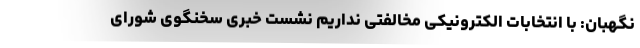
نگهبان: با انتخابات الکترونیکی مخالفتی نداریم نشست خبری سخنگوی شورای